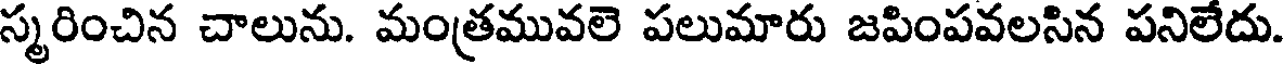
స్మరించిన చాలును. మంత్రమువలె పలుమారు జపింపవలసిన పనిలేదు.